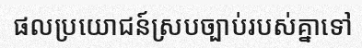
ផលប្រយោជន៍ស្របច្បាប់របស់គ្នាទៅ